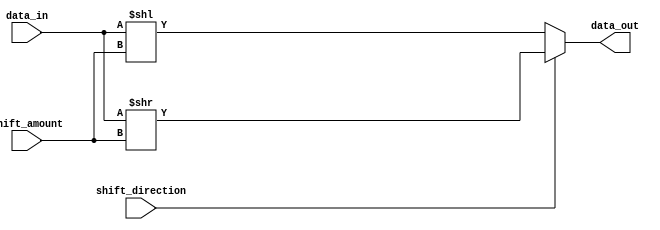
module barrel_shifter (
    input [7:0] data_in,
    input [2:0] shift_amount,
    input shift_direction,
    output reg [7:0] data_out
);

always @ (data_in, shift_amount, shift_direction)
begin
    if (shift_direction)
        data_out = data_in >> shift_amount;
    else
        data_out = data_in << shift_amount;
end

endmodule